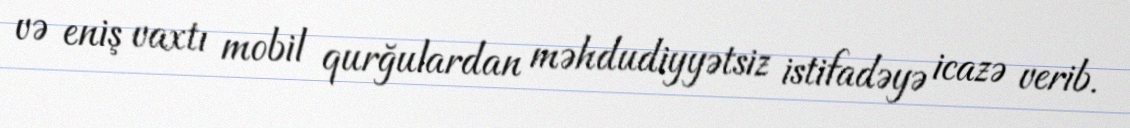
və eniş vaxtı mobil qurğulardan məhdudiyyətsiz istifadəyə icazə verib.